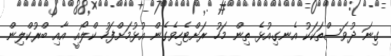
ގިނަ ދުވަސްތަކަކު އެނގިއުޅެ ތިން މަހު ރަށްޓެހިވެގެން އުޅުމަށްފަހު ކްލޯއީ އާއި ބްރުކްލިން